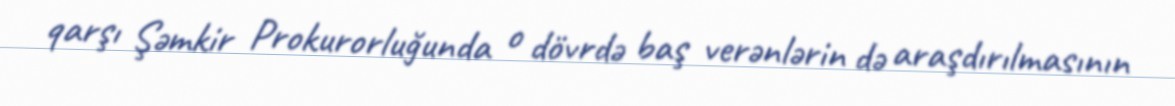
qarşı Şəmkir Prokurorluğunda o dövrdə baş verənlərin də araşdırılmasının